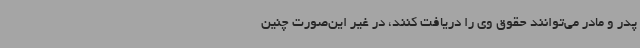
پدر و مادر می‌توانند حقوق وی را دریافت کنند، در غیر این‌صورت چنین